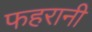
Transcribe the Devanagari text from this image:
फहरानी